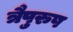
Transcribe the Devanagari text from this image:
त्रैपुरुष